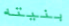
بنيته